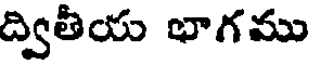
ద్వితీయ భాగము